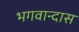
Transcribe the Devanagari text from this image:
भगवान्दास